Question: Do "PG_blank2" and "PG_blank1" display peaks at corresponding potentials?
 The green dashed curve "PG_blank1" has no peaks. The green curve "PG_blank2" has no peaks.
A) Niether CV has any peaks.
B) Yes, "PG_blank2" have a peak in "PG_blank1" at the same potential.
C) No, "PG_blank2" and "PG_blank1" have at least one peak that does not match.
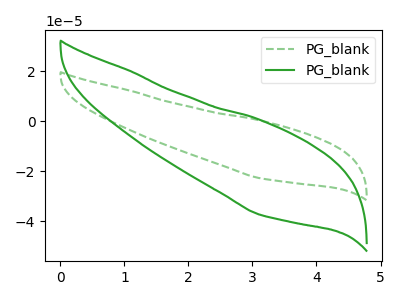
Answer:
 <answer>A) Niether CV has any peaks.</answer>
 <eval>A</eval>